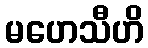
မဟေသီဟိ